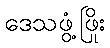
ဒေသဖွံ့ဖြိုး